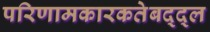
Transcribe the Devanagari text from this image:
परिणामकारकतेबद्द्ल